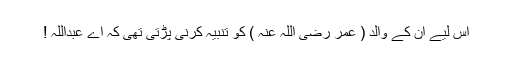
اس لیے ان کے والد ( عمر رضی اللہ عنہ ) کو تنبیہ کرنی پڑتی تھی کہ اے عبداللہ !